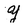
Character: Y